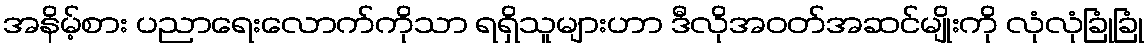
အနိမ့်စား ပညာရေးလောက်ကိုသာ ရရှိသူများဟာ ဒီလိုအဝတ်အဆင်မျိုးကို လုံလုံခြုံခြုံ